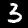
Digit: 3